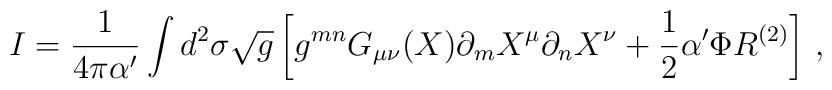
I= \frac{1}{4 \pi \alpha^\prime} \int d^2 \sigma \sqrt{g} \left[g^{mn} G_{\mu\nu} (X) \partial_m X^\mu \partial_n X^{\nu} + \frac{1}{2}\alpha^\prime \Phi R^{(2)} \right] \,,